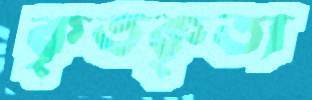
কৃতকৃত্য